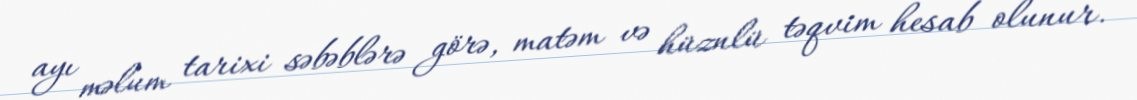
ayı məlum tarixi səbəblərə görə, matəm və hüznlü təqvim hesab olunur.